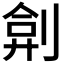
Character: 𠝢